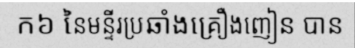
ក៦ នៃមន្ទីរប្រឆាំងគ្រឿងញៀន បាន